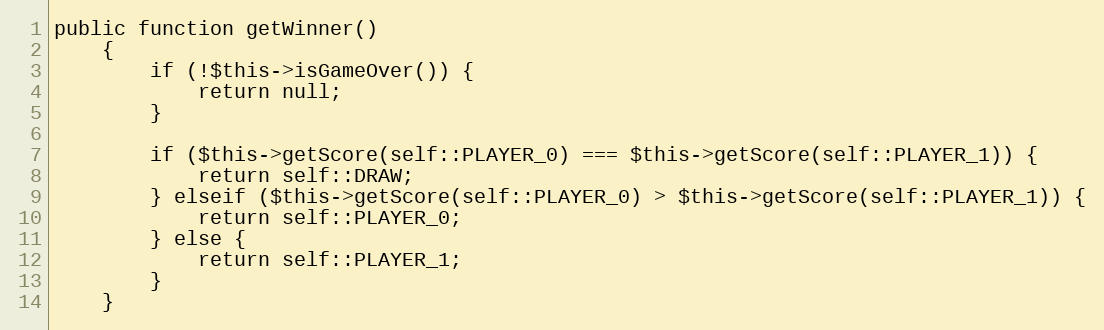
Language: PHP
public function getWinner()
    {
        if (!$this->isGameOver()) {
            return null;
        }

        if ($this->getScore(self::PLAYER_0) === $this->getScore(self::PLAYER_1)) {
            return self::DRAW;
        } elseif ($this->getScore(self::PLAYER_0) > $this->getScore(self::PLAYER_1)) {
            return self::PLAYER_0;
        } else {
            return self::PLAYER_1;
        }
    }